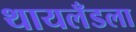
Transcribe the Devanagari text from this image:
थायलँडला